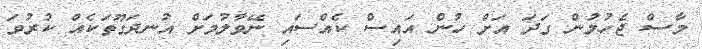
މާސް ޖެހުމުން ގަދަ އަށް ހުން އައިސް ކެއްސައި ނޭވާލުމަށް އުނދަގޫތަކެއް ކުރުވަ